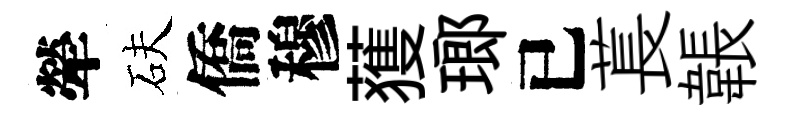
犖砆僑穆𫉬瑯已萇韔